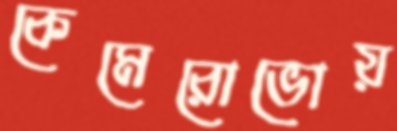
কেমেরোভোয়